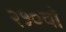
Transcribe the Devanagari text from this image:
२१०वॉ